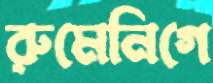
রুমেনিগে